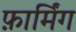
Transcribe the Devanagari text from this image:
फ़ार्मिंग